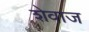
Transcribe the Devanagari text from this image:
शेवाज